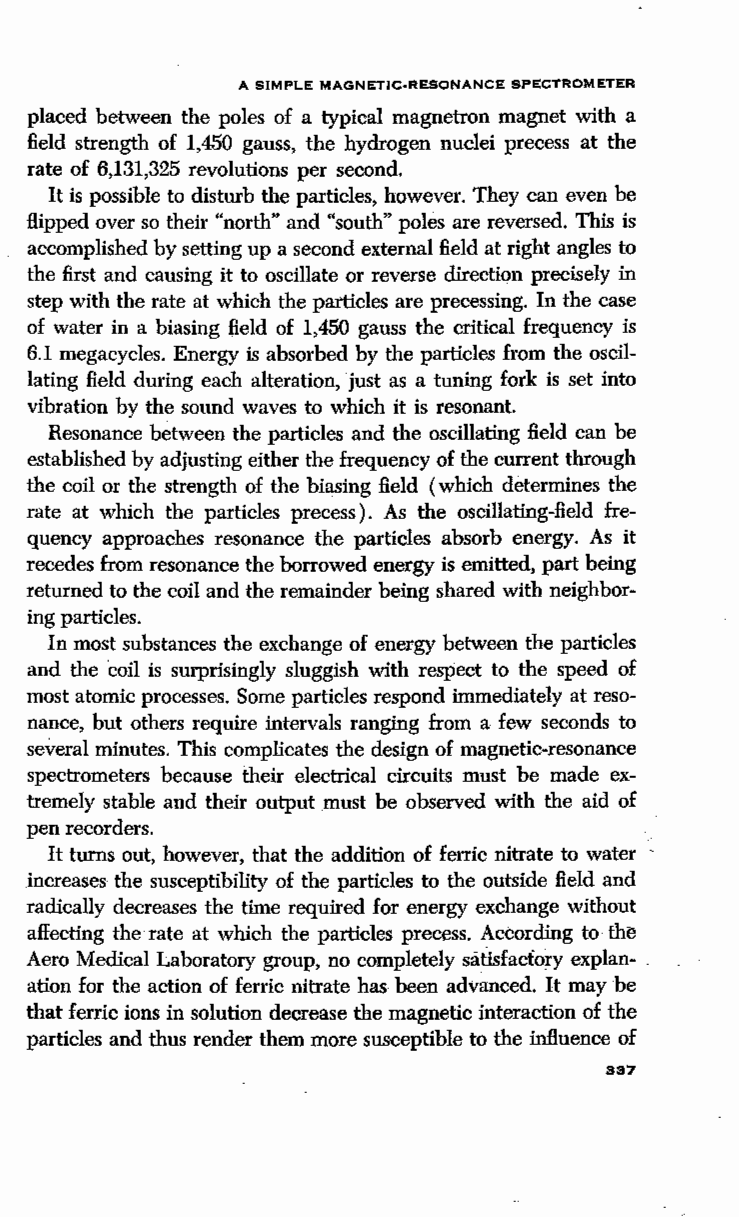
A SIMPLE MAGNETIC-RESONANCE SPECTROMETER
 placed between the poles of a typical magnetron magnet with a
 field strength of 1,450 gauss, the hydrogen nuclei precess at the
 rate of 6,131,325 revolutions per second.
 It is possible to disturb the particles, however. They can even be
 Hipped over so their "north" and "south" poles are reversed. This is
 accomplished by setting up a second external field at right angles to
 the first and causing it to oscillate or reverse direction precisely in
 step with the rate at which the particles are precessing. In the case
 of water in a biasing field of 1,450 gauss the critical frequency is
 6.1 megacycles. Energy is absorbed by the particles from the oscil
 lating field during each alteration, just as a tuning fork is set into
 vibration by the sound waves to which it is resonant.
 Resonance between the particles and the oscillating field can· be
 established by adjusting either the frequency of the current through
 the coil or the strength of the biasing field (which determines the
 rate at which the particles precess). As the oscillating-field fre
 quency approaches resonance the particles absorb energy. As it
 recedes from resonance the borrowed energy is emitted, part being
 returned to the coil and the remainder being shared with neighbor
 ing particles.
 In most substances the exchange of energy between the particles
 and the coil is surprisingly sluggish with respect to the speed of
 most atomic processes. Some particles respond immediately at reso
 nance, but others require intervals ranging from a few seconds to
 several minutes. This complicates the design of magnetic-resonance
 spectrometers because their electrical circuits must be made ex
 tremely stable and their output must be observed with the aid of
 pen recorders.
 It turns out, however, that the addition of ferric nitrate to water
 increases the susceptibility of the particles to the outside field and
 radically decreases the time required for energy exchange without
 affecting the rate at which the particles precess. According to· the
 Aero Medical Laboratory group, no completely satlsfacloi:y explan- .
 ation for the action of ferric nitrate has been advanced. It may be
 that ferric ions in solution decrease the magnetic interaction of the
 particles and thus render them more susceptible to the influence of
 337